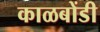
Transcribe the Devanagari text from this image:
काळबोंडी